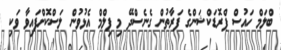
ބްލަމް ހައުސް ޕްރޮޑަކްޝަންގެ ފަރާތުން ގެނެސްދޭ މި ފިލްމް އެޅުވުން ލަސްކޮށްފައިވާ ވަކި